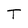
Character: T